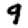
Digit: 9